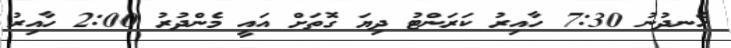
ހެނދުނު 7:30 ހާއިރު ކަރަންޓު ދިޔަ ގޮތަށް އައީ މެންދުރު 2:00 ހާއިރު